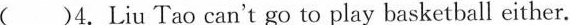
( )4.Liu Tao can't go to play basketball either.